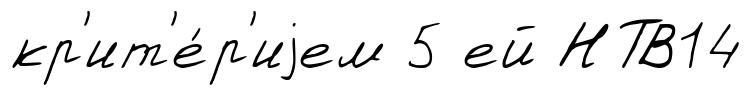
кр'ит'е́р'иjем 5 ей НТВ14